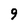
Character: 9